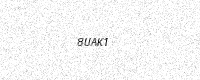
Text: 8UAK1